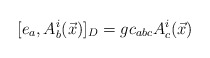
\begin{align*}[e_{a},A_{b}^{i}(\vec{x})]_{D} = g c_{abc} A_{c}^{i}(\vec{x})\end{align*}